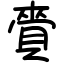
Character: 賫